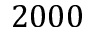
2 0 0 0